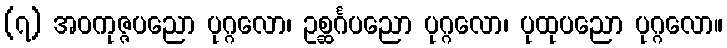
(၇) အဝကုဇ္ဇပညော ပုဂ္ဂလော၊ ဥစ္ဆင်္ဂပညော ပုဂ္ဂလော၊ ပုထုပညော ပုဂ္ဂလော။